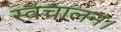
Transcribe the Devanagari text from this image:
स्वचालन।